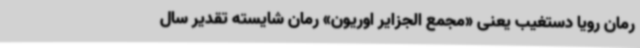
رمان رویا دستغیب یعنی «مجمع الجزایر اوریون» رمان شایسته‌ تقدیر سال